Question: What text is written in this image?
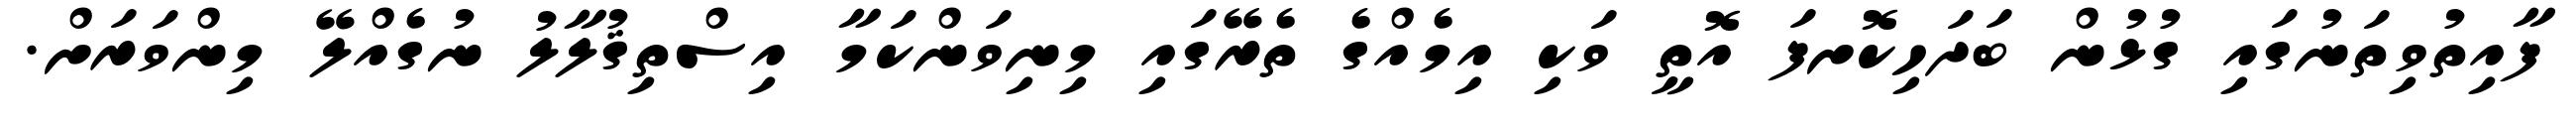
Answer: ފާއިތުވިތަނުގައި ގުޅުން ބަދަހިކޮށފަ އޮތީ ވަކި އިމެއްގެ ތެރޭގައި މިނިވަންކަމާ އިސްތިޤުލާލު ނުގެއްލޭ މިންވަރަށް.